Lunatic asylums Madras 1877-1891 - 1877-1891
Year: 1877
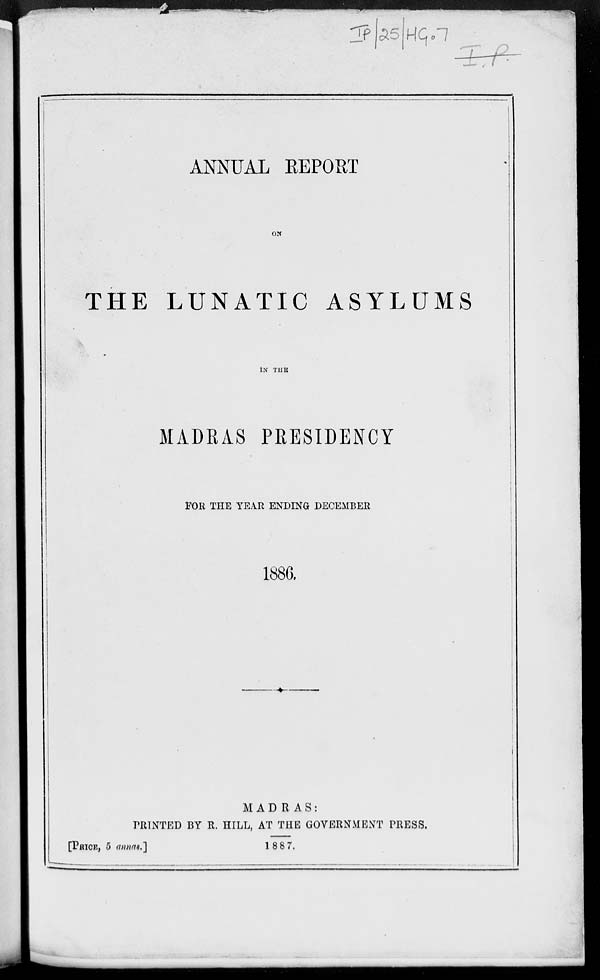
ANNUAL REPORT
ON
THE LUNATIC ASYLUMS
IN THE
MADRAS PRESIDENCY
FOR THE YEAR ENDING DECEMBER
1886.
MADRAS:
PRINTED BY R. HILL, AT THE GOVERNMENT PRESS.
1887.
[PRICE, 5 annas.]